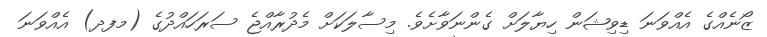
ޒޯނެއްގެ އެއްވަނަ ޑިވިޝަން ހިޔާލަށް ގެންނަވާށެވެ. މިސާލަކަށް މެދުރާއްޖެ ސަރަހައްދުގެ (މފދ) އެއްވަނަ